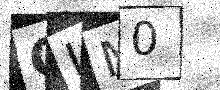
Text: CLM0